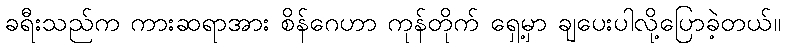
ခရီးသည်က ကားဆရာအား စိန်ဂေဟာ ကုန်တိုက် ရှေ့မှာ ချပေးပါလို့ပြောခဲ့တယ်။